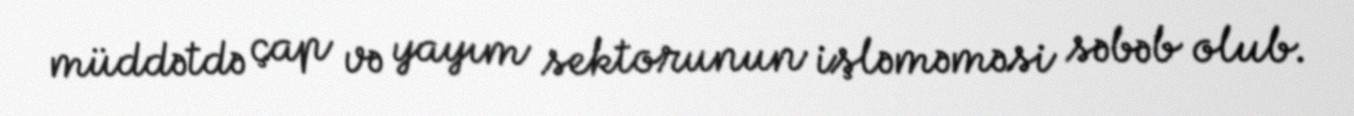
müddətdə çap və yayım sektorunun işləməməsi səbəb olub.